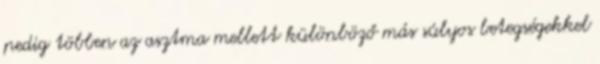
pedig többen az asztma mellett különböző más súlyos betegségekkel